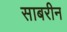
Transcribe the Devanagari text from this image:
साबरीन